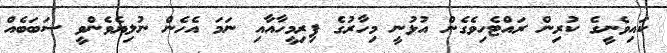
ކައިވެނީގެ ކުރިން ރައްޓެހިވެގެން އުޅުނީ މިހާރުގެ ފިރިމީހާއާއި ނަމަ އެހެން ނުލިޔެވެންވީ ސަބަބެއް